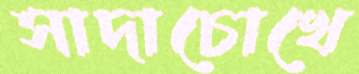
সাদাচোখে